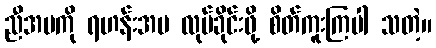
ညီအမကို ရဟန်းအမ လုပ်ခိုင်းဖို့ စိတ်ကူးကြပါ သတဲ့။